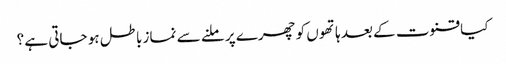
کیا قنوت کے بعد ہاتھوں کو چھرے پر ملنے سے نماز باطل ہو جاتی ہے ؟